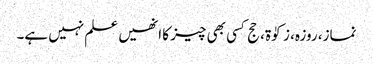
نماز، روزہ، زکوٰۃ، حج کسی بھی چیز کا انھیں علم نہیں ہے۔